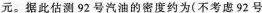
元。据此估测92号汽油的密度约为(不考虑92号